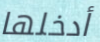
أدخلها